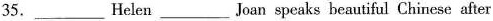
35.___Helen___Joan speaks beautiful Chinese after